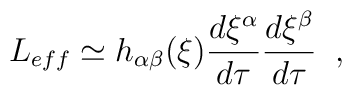
L_{eff} \simeq h_{\alpha\beta}(\xi)\frac{d\xi^{\alpha}}{d\tau}                                        \frac{d\xi^{\beta}}{d\tau} \;\;,